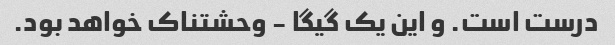
درست است. و این یک گیگا - وحشتناک خواهد بود.